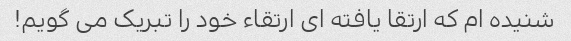
شنیده ام که ارتقا یافته ای ارتقاء خود را تبریک می گویم!